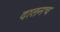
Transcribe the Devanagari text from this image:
दालनच